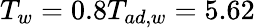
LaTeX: T_{w}=0.8T_{ad,w}=5.62